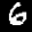
Label: 6